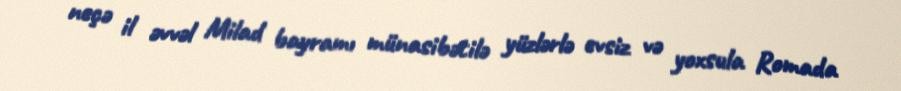
neçə il əvvəl Milad bayramı münasibətilə yüzlərlə evsiz və yoxsula Romada